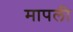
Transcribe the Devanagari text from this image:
मापली